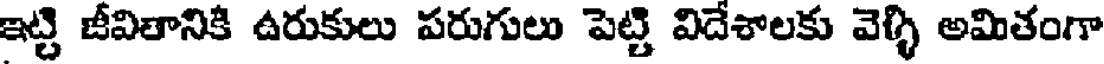
ఇట్టి జీవితానికి ఉరుకులు పరుగులు పెట్టి విదేశాలకు వెళ్ళి అమితంగా